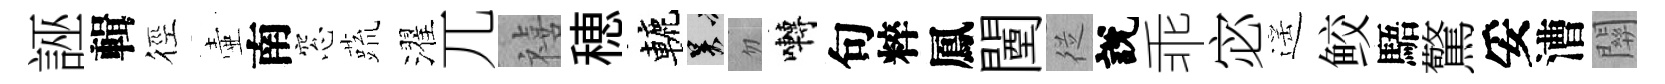
誣輯徑壷南窓蔬濯兀禧穂轆吴忽囀句粹鳳闉従說乖宓遥鲛䮏驚妥漕關